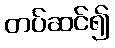
တပ်ဆင်၍